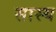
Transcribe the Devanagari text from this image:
सास्य